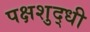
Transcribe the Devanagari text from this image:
पक्षशुद्धी